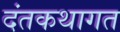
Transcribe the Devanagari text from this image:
दंतकथागत